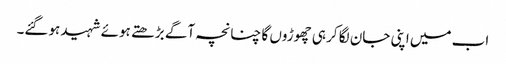
اب میں اپنی جان لگا کر ہی چھوڑوں گا چنانچہ آگے بڑھتے ہوئے شہید ہوگئے۔